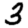
Digit: 3